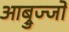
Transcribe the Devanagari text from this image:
आब्रुज्जो